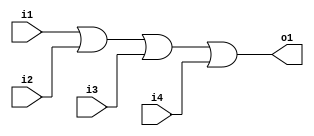
/***********************
*
* Jong-gyu Park
* pjk5401@gmail.com
* 2016/09/02
*
***********************/

module PNU_OR4(i1, i2, i3, i4, o1);
    input i1, i2, i3, i4;
    output o1;
    assign o1 = i1 | i2 | i3 | i4;
endmodule